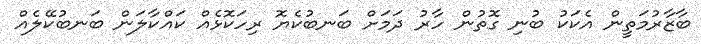
ބާޒާރުމަތީން އެކަކު ބުނި ގޮތުން ހާރު ދަމަށް ބަނބުކެޔޮ ރިހަކޮޅެއް ކައްކާލަން ބަނބުކޭލެއް